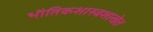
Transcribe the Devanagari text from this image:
भौतिकशास्त्रशाखेत